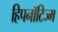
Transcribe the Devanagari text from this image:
हिपनॉटिज्म